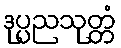
ဒုပ္ပညသုတ္တံ